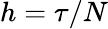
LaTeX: h=\tau/N